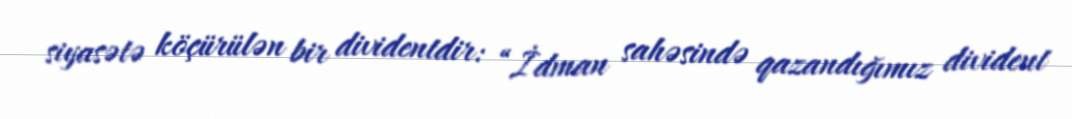
siyasətə köçürülən bir dividentdir: “İdman sahəsində qazandığımız divident